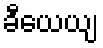
ခီယေယျ